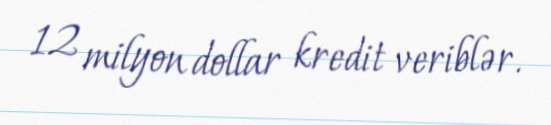
12 milyon dollar kredit veriblər.